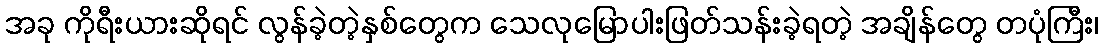
အခု ကိုရီးယားဆိုရင် လွန်ခဲ့တဲ့နှစ်တွေက သေလုမြောပါးဖြတ်သန်းခဲ့ရတဲ့ အချိန်တွေ တပုံကြီး၊